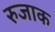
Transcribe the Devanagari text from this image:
रुजाक